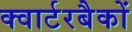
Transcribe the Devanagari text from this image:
क्वार्टरबैकों